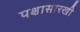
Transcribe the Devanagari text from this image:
पक्षासारखी